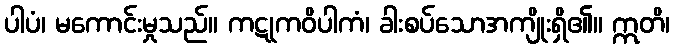
ပါပံ၊ မကောင်းမှုသည်။ ကဋုကဝိပါကံ၊ ခါးစပ်သောအကျိုးရှိ၏။ ဣတိ၊